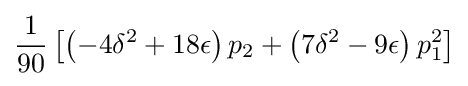
{\frac {1}{90}}\left[\left(-4\delta ^{2}+18\epsilon \right)p_{2}+\left(7\delta ^{2}-9\epsilon \right)p_{1}^{2}\right]